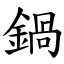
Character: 鍋